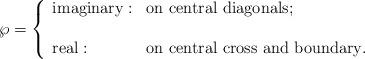
LaTeX: \begin{align*}\wp=\left\{\begin{array}{ll} \mbox{imaginary} : & \mbox{on central diagonals}; \\ \\ \mbox{real} : & \mbox{on central cross and boundary}.\end{array}\right.\end{align*}